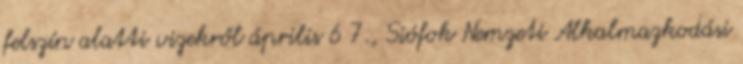
felszín alatti vizekről április 6 7., Siófok Nemzeti Alkalmazkodási